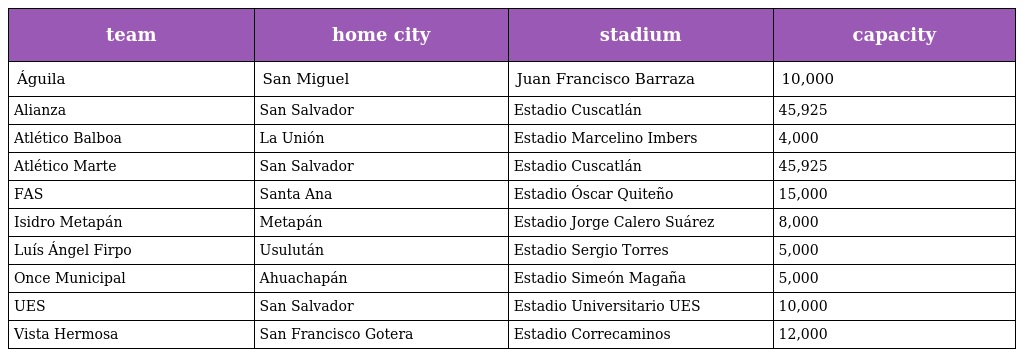
| team | home city | stadium | capacity |
 | --- | --- | --- | --- |
 | Águila | San Miguel | Juan Francisco Barraza | 10,000 |
 | Alianza | San Salvador | Estadio Cuscatlán | 45,925 |
 | Atlético Balboa | La Unión | Estadio Marcelino Imbers | 4,000 |
 | Atlético Marte | San Salvador | Estadio Cuscatlán | 45,925 |
 | FAS | Santa Ana | Estadio Óscar Quiteño | 15,000 |
 | Isidro Metapán | Metapán | Estadio Jorge Calero Suárez | 8,000 |
 | Luís Ángel Firpo | Usulután | Estadio Sergio Torres | 5,000 |
 | Once Municipal | Ahuachapán | Estadio Simeón Magaña | 5,000 |
 | UES | San Salvador | Estadio Universitario UES | 10,000 |
 | Vista Hermosa | San Francisco Gotera | Estadio Correcaminos | 12,000 |